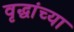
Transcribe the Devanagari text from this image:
वृद्धांच्या